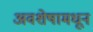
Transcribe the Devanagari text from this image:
अवशेषामधून